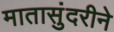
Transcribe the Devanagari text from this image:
मातासुंदरीने